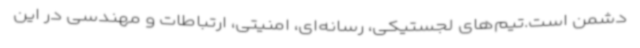
دشمن است.تیم‌های لجستیکی، رسانه‌ای، امنیتی، ارتباطات و مهندسی در این